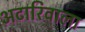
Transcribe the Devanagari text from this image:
अटारिवाला